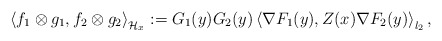
\begin{align*}\left\langle f_1\otimes g_1, f_2\otimes g_2\right\rangle_{\mathcal{H}_x}:=G_1(y)G_2(y)\left\langle \nabla F_1(y), Z(x)\nabla F_2(y)\right\rangle_{l_2},\end{align*}